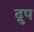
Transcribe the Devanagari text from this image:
द्रुप